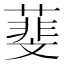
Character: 𦻔